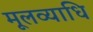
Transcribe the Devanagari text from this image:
मूलव्याधि